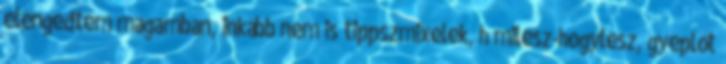
elengedtem magamban, inkább nem is tippszmixelek, h milesz-hogylesz, gyeplőt